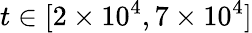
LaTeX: t\in[2\times 10^{4},7\times 10^{4}]